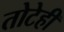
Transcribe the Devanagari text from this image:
तोटेही